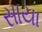
સાયા